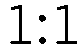
1:1